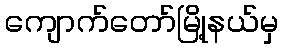
ကျောက်တော်မြို့နယ်မှ